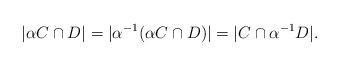
LaTeX: \begin{align*}|\alpha C\cap D|=|\alpha^{-1}(\alpha C\cap D)|=|C\cap\alpha^{-1}D|.\end{align*}